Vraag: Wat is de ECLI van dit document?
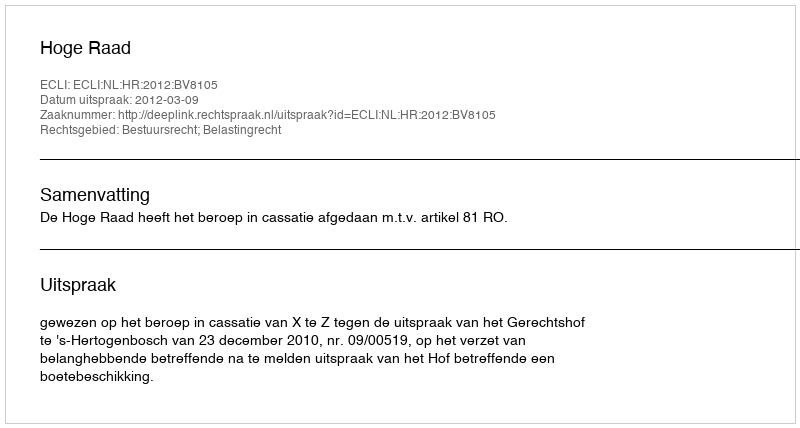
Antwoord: ECLI:NL:HR:2012:BV8105